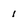
Character: 1